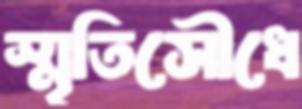
স্মৃতিসৌধে